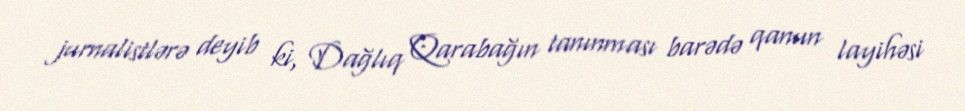
jurnalistlərə deyib ki, Dağlıq Qarabağın tanınması barədə qanun layihəsi